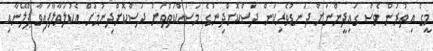
މީގެ އިތުރުން ވެސް ގައިދީންނަށް ދަނޑުވެރިކަން ދަސްކޮށްދިނުގެ މަސައްކަތްތަށް ދަސްކޮށްދިނުމަށް އެކުލަވާލާފައިވާ ޕްލޭނާއި